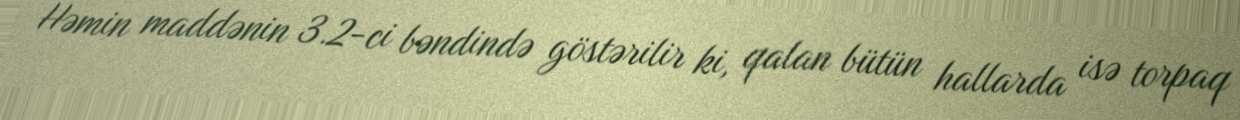
Həmin maddənin 3.2-ci bəndində göstərilir ki, qalan bütün hallarda isə torpaq